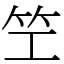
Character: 笁